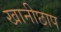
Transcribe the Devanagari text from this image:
खानीछाप